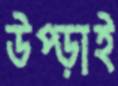
উপ্‌ড়াই